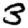
Digit: 3